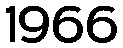
1966